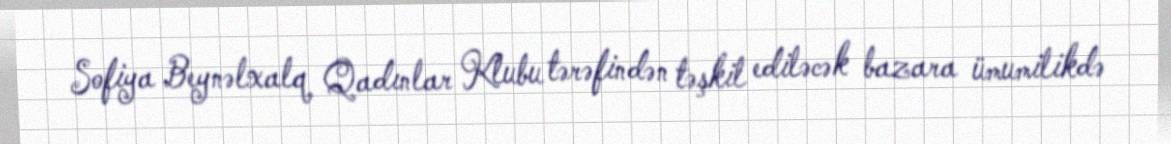
Sofiya Beynəlxalq Qadınlar Klubu tərəfindən təşkil ediləcək bazara ümumilikdə